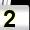
Digit: 2